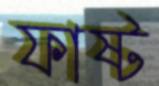
ফাষ্ট